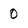
Character: 0